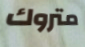
متروك